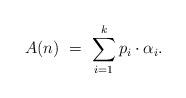
LaTeX: \begin{align*} A(n)\ =\ \sum_{i=1}^{k} p_i \cdot \alpha_i.\end{align*}